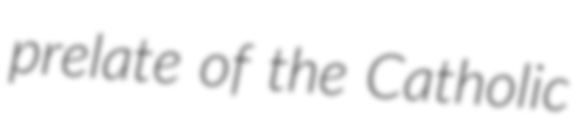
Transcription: prelate of the Catholic